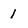
Character: 1